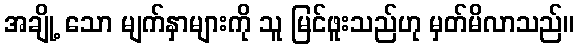
အချို့ သော မျက်နှာများကို သူ မြင်ဖူးသည်ဟု မှတ်မိလာသည်။